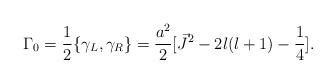
LaTeX: \begin{align*}{\Gamma}_{0}=\frac{1}{2}\{{\gamma}_{L},{\gamma}_{R}\}=\frac{a^2}{2}[\vec{J}^2 - 2l(l+1) -\frac{1}{4}].\end{align*}